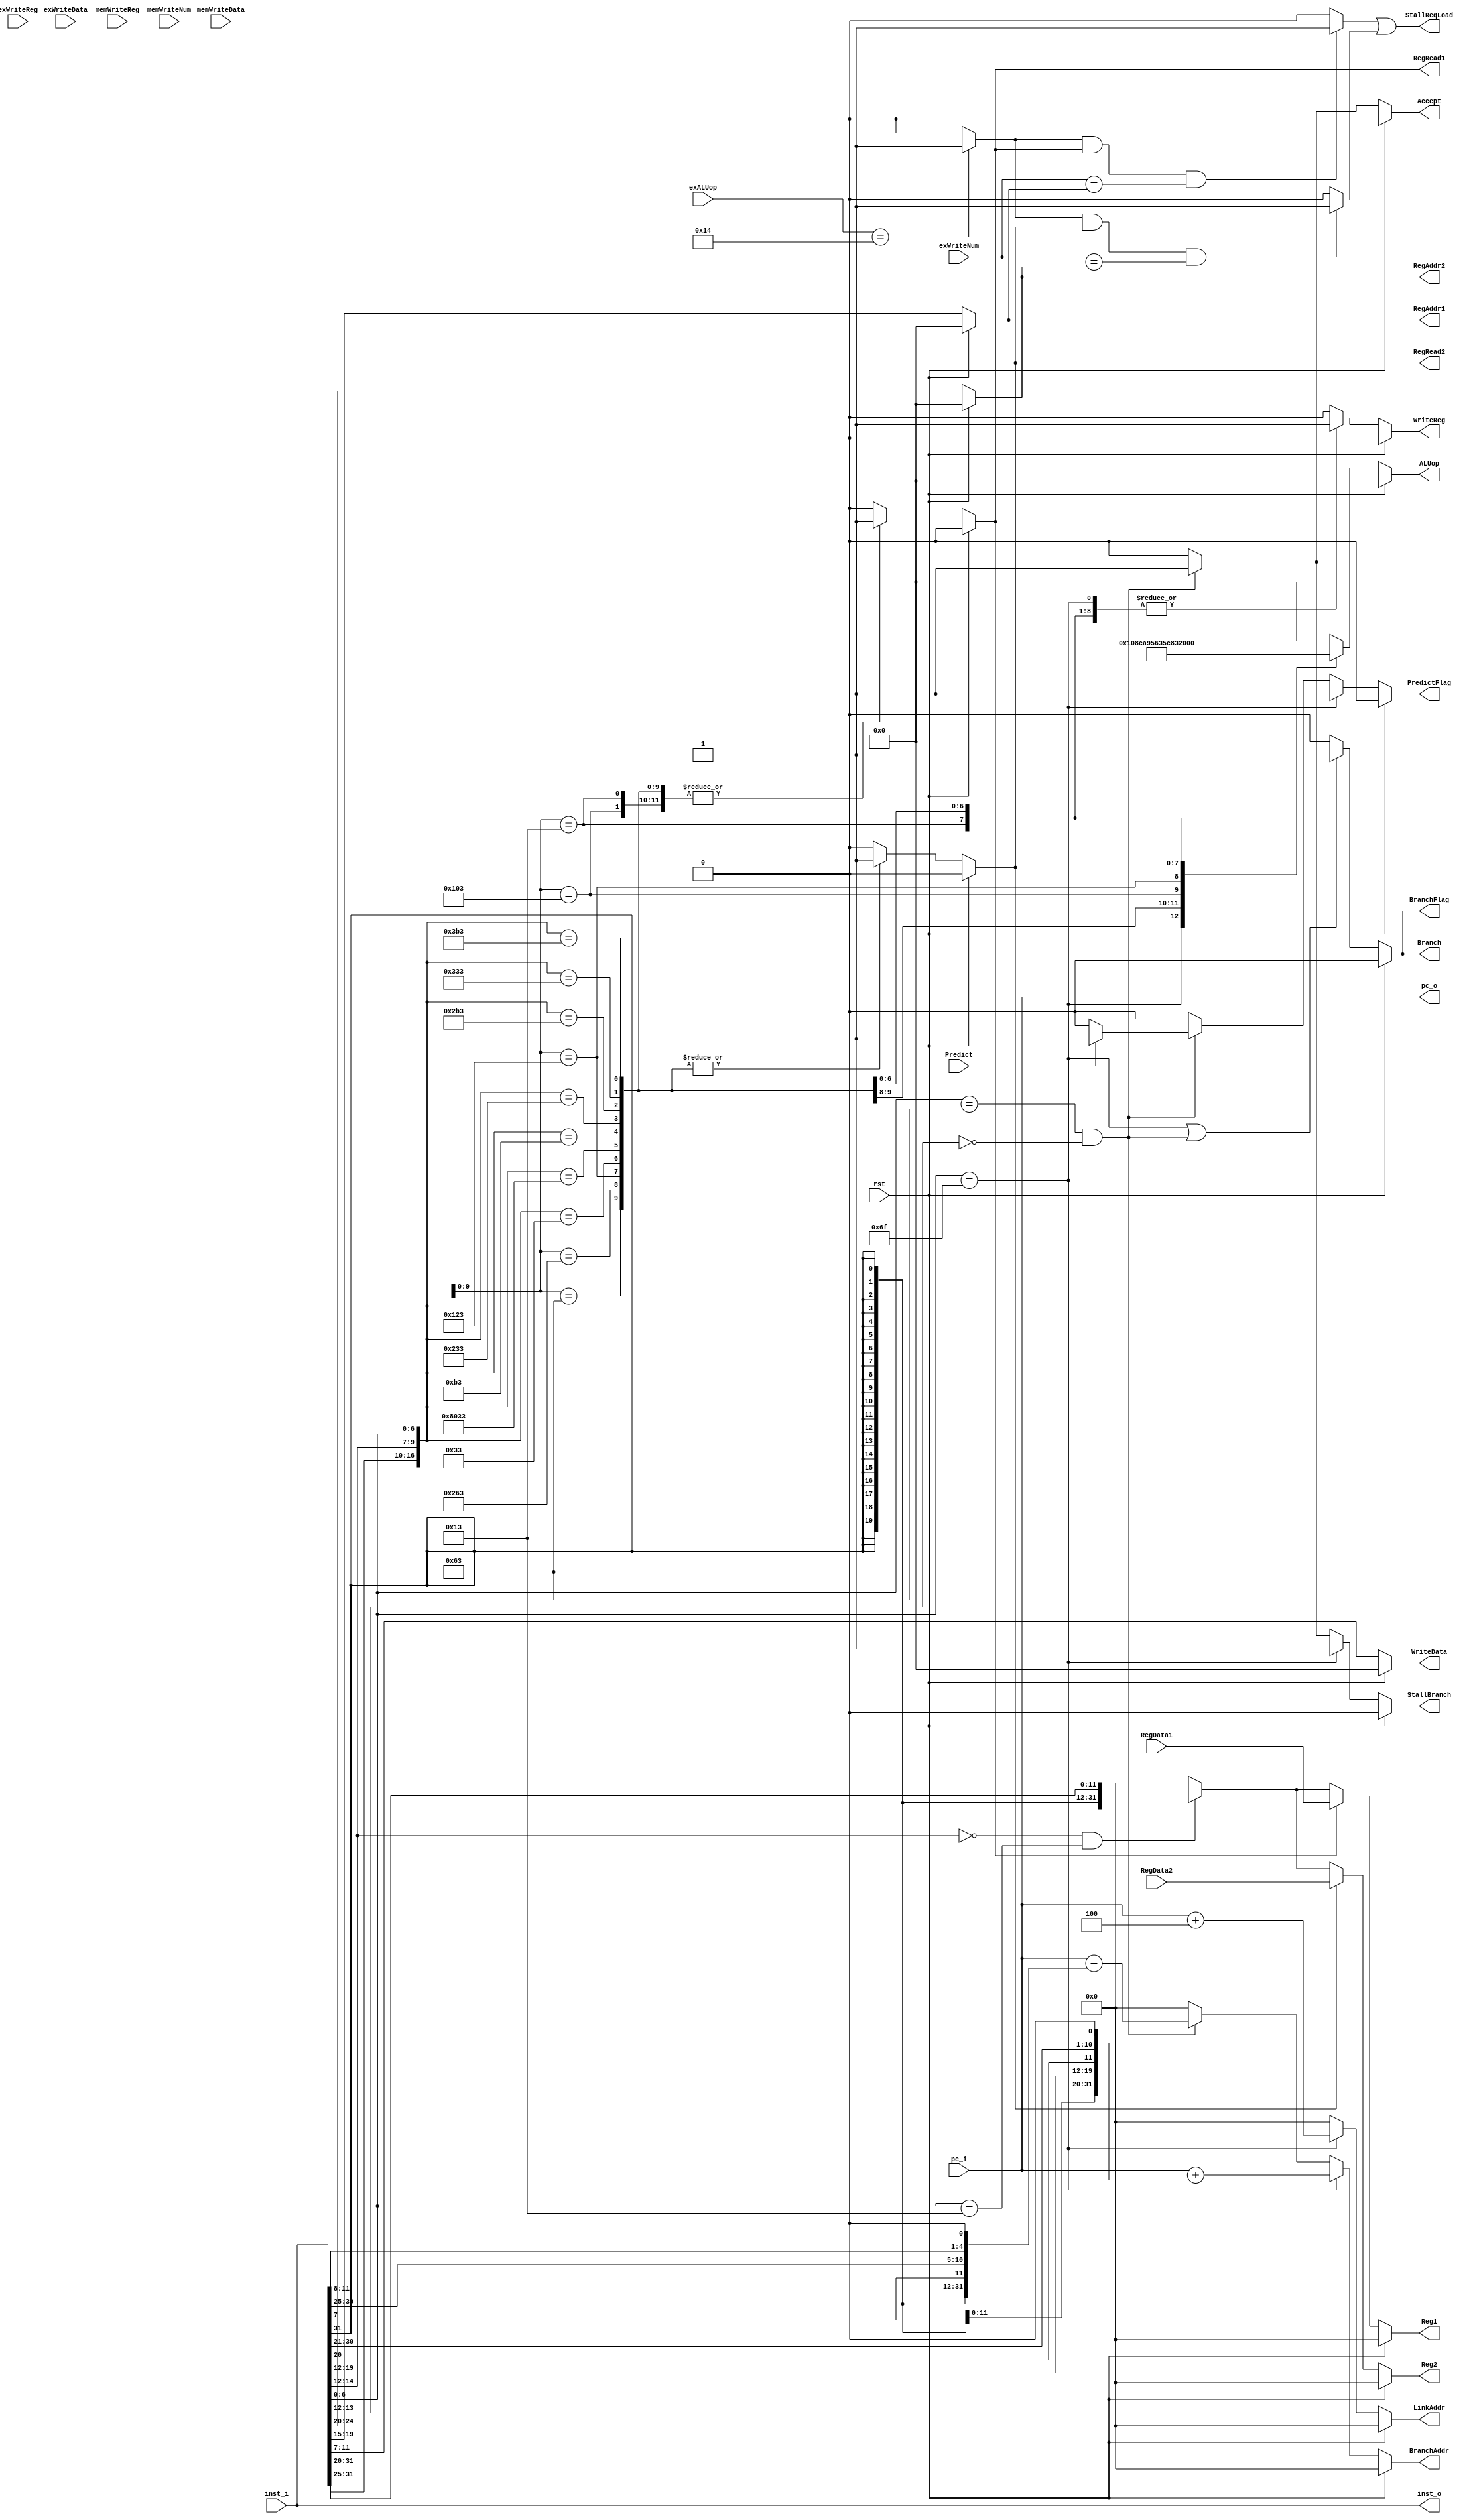
module ID(

    input   wire        rst,
    input   wire[31:0]  pc_i,
    input   wire[31:0]  inst_i,
    input   wire[31:0]  RegData1,
    input   wire[31:0]  RegData2,

    input   wire[4:0]	exALUop,
	input   wire		exWriteReg,
	input   wire[31:0]	exWriteData,
	input   wire[4:0]   exWriteNum,
	input   wire		memWriteReg,
	input   wire[31:0]	memWriteData,
	input   wire[4:0]   memWriteNum,
    input   wire 		Predict,
    
    output  reg         RegRead1,     // if read register or not
    output  reg         RegRead2,     // if read register or not
    output  reg [4:0]   RegAddr1,
    output  reg [4:0]   RegAddr2,

    output  reg [4:0]   ALUop,
    output  reg [31:0]  Reg1,
    output  reg [31:0]  Reg2,
    output  reg [4:0]   WriteData,
    output  reg         WriteReg,     // if write register or not

    output  reg         Branch,       // if branch or not
    output  reg [31:0]  BranchAddr,   // branch address
    output  reg [31:0]  LinkAddr,     // link address for jal
    output  wire[31:0]  inst_o,
	output  wire[31:0] 	pc_o,
    output  reg			BranchFlag,
	output  reg			Accept,
	output  reg			PredictFlag,
    output  reg         StallBranch,	
	output  wire        StallReqLoad

);

    reg inst_valid;
    reg [31:0] imm;

    wire[31:0] pc_add_4;
    wire[31:0] pc_add_imm_B;
    wire[31:0] pc_add_imm_J;
    wire[4:0]  rs1_addr = inst_i[19:15];
    wire[4:0]  rs2_addr = inst_i[24:20];
    wire[4:0]  rd_addr  = inst_i[11:7];


    wire[31:0] imm_I = {{21{inst_i[31:31]}}, inst_i[30:20]};
    wire[31:0] imm_S = {{21{inst_i[31:31]}}, inst_i[30:25], inst_i[11:7]};
    wire[31:0] imm_B = {{20{inst_i[31:31]}}, inst_i[ 7: 7], inst_i[30:25], inst_i[11:8], 1'b0};
    wire[31:0] imm_J = {{12{inst_i[31:31]}}, inst_i[19:12], inst_i[20:20], inst_i[30:25], inst_i[24:21], 1'b0};

    assign inst_o = inst_i;
    assign pc_o = pc_i;
    assign pc_add_4 = pc_i + 4;
    assign pc_add_imm_B = pc_i + imm_B;
    assign pc_add_imm_J = pc_i + imm_J;


    reg StallReq1;
	reg StallReq2;
	wire PreInstLoad;

	assign StallReqLoad = StallReq1 | StallReq2;
	assign PreInstLoad  = ( (exALUop == 5'b10100) ) ? 1'b1 : 1'b0;

//controls ALUop, it helps EX module excute the different instructions.
 
always @ (*) begin
    if (rst)
        ALUop <= 5'b0;
    else begin
        casex (inst_i)
            32'bxxxxxxxxxxxxxxxxxxxxxxxxx1101111: ALUop <= 5'b10000;  // jal
            32'bxxxxxxxxxxxxxxxxx000xxxxx1100011: ALUop <= 5'b10001;  // beq
            32'bxxxxxxxxxxxxxxxxx100xxxxx1100011: ALUop <= 5'b10010;  // blt
            32'bxxxxxxxxxxxxxxxxx010xxxxx0000011: ALUop <= 5'b10100;  // lw
            32'bxxxxxxxxxxxxxxxxx010xxxxx0100011: ALUop <= 5'b10101;  // sw
            32'bxxxxxxxxxxxxxxxxx000xxxxx0010011: ALUop <= 5'b01100;  // addi
            32'b0000000xxxxxxxxxx000xxxxx0110011: ALUop <= 5'b01101;  // add
            32'b0100000xxxxxxxxxx000xxxxx0110011: ALUop <= 5'b01110;  // sub
            32'b0000000xxxxxxxxxx001xxxxx0110011: ALUop <= 5'b01000;  // sll
            32'b0000000xxxxxxxxxx100xxxxx0110011: ALUop <= 5'b00110;  // xor
            32'b0000000xxxxxxxxxx101xxxxx0110011: ALUop <= 5'b01001;  // srl
            32'b0000000xxxxxxxxxx110xxxxx0110011: ALUop <= 5'b00101;  // or
            32'b0000000xxxxxxxxxx111xxxxx0110011: ALUop <= 5'b00100;  // and
            default: ALUop <= 5'b0;
        endcase
    end
end

//controls the signal WriteReg.
 
always @ (*) begin
    if (rst)
        WriteReg <= 1'b0;
    else begin
        casex (inst_i)
            32'bxxxxxxxxxxxxxxxxxxxxxxxxx1101111: WriteReg <= 1'b1;  // jal
            32'bxxxxxxxxxxxxxxxxx000xxxxx1100011: WriteReg <= 1'b0;  // beq
            32'bxxxxxxxxxxxxxxxxx100xxxxx1100011: WriteReg <= 1'b0;  // blt
            32'bxxxxxxxxxxxxxxxxx010xxxxx0000011: WriteReg <= 1'b1;  // lw
            32'bxxxxxxxxxxxxxxxxx010xxxxx0100011: WriteReg <= 1'b0;  // sw
            32'bxxxxxxxxxxxxxxxxx000xxxxx0010011: WriteReg <= 1'b1;  // addi
            32'b0000000xxxxxxxxxx000xxxxx0110011: WriteReg <= 1'b1;  // add
            32'b0100000xxxxxxxxxx000xxxxx0110011: WriteReg <= 1'b1;  // sub
            32'b0000000xxxxxxxxxx001xxxxx0110011: WriteReg <= 1'b1;  // sll
            32'b0000000xxxxxxxxxx100xxxxx0110011: WriteReg <= 1'b1;  // xor
            32'b0000000xxxxxxxxxx101xxxxx0110011: WriteReg <= 1'b1;  // srl
            32'b0000000xxxxxxxxxx110xxxxx0110011: WriteReg <= 1'b1;  // or
            32'b0000000xxxxxxxxxx111xxxxx0110011: WriteReg <= 1'b1;  // and
            default: WriteReg <= 1'b0;
        endcase
    end
end

//controls the signal inst_valid, it checks the instructions legal or not.
 
always @ (*) begin
    if (rst)
        inst_valid <= 1'b0;
    else begin
        casex (inst_i)
            32'bxxxxxxxxxxxxxxxxxxxxxxxxx1101111: inst_valid <= 1'b0;  // jal
            32'bxxxxxxxxxxxxxxxxx000xxxxx1100011: inst_valid <= 1'b0;  // beq
            32'bxxxxxxxxxxxxxxxxx100xxxxx1100011: inst_valid <= 1'b0;  // blt
            32'bxxxxxxxxxxxxxxxxx010xxxxx0000011: inst_valid <= 1'b0;  // lw
            32'bxxxxxxxxxxxxxxxxx010xxxxx0100011: inst_valid <= 1'b0;  // sw
            32'bxxxxxxxxxxxxxxxxx000xxxxx0010011: inst_valid <= 1'b0;  // addi
            32'b0000000xxxxxxxxxx000xxxxx0110011: inst_valid <= 1'b0;  // add
            32'b0100000xxxxxxxxxx000xxxxx0110011: inst_valid <= 1'b0;  // sub
            32'b0000000xxxxxxxxxx001xxxxx0110011: inst_valid <= 1'b0;  // sll
            32'b0000000xxxxxxxxxx100xxxxx0110011: inst_valid <= 1'b0;  // xor
            32'b0000000xxxxxxxxxx101xxxxx0110011: inst_valid <= 1'b0;  // srl
            32'b0000000xxxxxxxxxx110xxxxx0110011: inst_valid <= 1'b0;  // or
            32'b0000000xxxxxxxxxx111xxxxx0110011: inst_valid <= 1'b0;  // and
            default: inst_valid <= 1'b1;
        endcase
    end
end

//controls the signal RegRead1, it decides if this instruction needs rs1 or not.
 
always @ (*) begin
    if (rst)
        RegRead1 <= 1'b0;
    else begin
        casex (inst_i)
            32'bxxxxxxxxxxxxxxxxxxxxxxxxx1101111: RegRead1 <= 1'b0;  // jal
            32'bxxxxxxxxxxxxxxxxx000xxxxx1100011: RegRead1 <= 1'b1;  // beq
            32'bxxxxxxxxxxxxxxxxx100xxxxx1100011: RegRead1 <= 1'b1;  // blt
            32'bxxxxxxxxxxxxxxxxx010xxxxx0000011: RegRead1 <= 1'b1;  // lw
            32'bxxxxxxxxxxxxxxxxx010xxxxx0100011: RegRead1 <= 1'b1;  // sw
            32'bxxxxxxxxxxxxxxxxx000xxxxx0010011: RegRead1 <= 1'b1;  // addi
            32'b0000000xxxxxxxxxx000xxxxx0110011: RegRead1 <= 1'b1;  // add
            32'b0100000xxxxxxxxxx000xxxxx0110011: RegRead1 <= 1'b1;  // sub
            32'b0000000xxxxxxxxxx001xxxxx0110011: RegRead1 <= 1'b1;  // sll
            32'b0000000xxxxxxxxxx100xxxxx0110011: RegRead1 <= 1'b1;  // xor
            32'b0000000xxxxxxxxxx101xxxxx0110011: RegRead1 <= 1'b1;  // srl
            32'b0000000xxxxxxxxxx110xxxxx0110011: RegRead1 <= 1'b1;  // or
            32'b0000000xxxxxxxxxx111xxxxx0110011: RegRead1 <= 1'b1;  // and
            default: RegRead1 <= 1'b0;
        endcase
    end
end

//controls the signal RegRead2, it decides if this instruction needs rs2 or not.
 
always @ (*) begin
    if (rst)
        RegRead2 <= 1'b0;
    else begin
        casex (inst_i)
            32'bxxxxxxxxxxxxxxxxxxxxxxxxx1101111: RegRead2 <= 1'b0;  // jal
            32'bxxxxxxxxxxxxxxxxx000xxxxx1100011: RegRead2 <= 1'b1;  // beq
            32'bxxxxxxxxxxxxxxxxx100xxxxx1100011: RegRead2 <= 1'b1;  // blt
            32'bxxxxxxxxxxxxxxxxx010xxxxx0000011: RegRead2 <= 1'b0;  // lw
            32'bxxxxxxxxxxxxxxxxx010xxxxx0100011: RegRead2 <= 1'b1;  // sw
            32'bxxxxxxxxxxxxxxxxx000xxxxx0010011: RegRead2 <= 1'b0;  // addi
            32'b0000000xxxxxxxxxx000xxxxx0110011: RegRead2 <= 1'b1;  // add
            32'b0100000xxxxxxxxxx000xxxxx0110011: RegRead2 <= 1'b1;  // sub
            32'b0000000xxxxxxxxxx001xxxxx0110011: RegRead2 <= 1'b1;  // sll
            32'b0000000xxxxxxxxxx100xxxxx0110011: RegRead2 <= 1'b1;  // xor
            32'b0000000xxxxxxxxxx101xxxxx0110011: RegRead2 <= 1'b1;  // srl
            32'b0000000xxxxxxxxxx110xxxxx0110011: RegRead2 <= 1'b1;  // or
            32'b0000000xxxxxxxxxx111xxxxx0110011: RegRead2 <= 1'b1;  // and
            default: RegRead2 <= 1'b0;
        endcase
    end
end

//controls the signal imm, it gets the right format immediate number for I-type instuctions.

always @ (*) begin
    if (rst)
        imm <= 32'b0;
    else if (inst_i[14:12] == 3'b000 && inst_i[6:0] == 7'b0010011)  // addi
        imm <= imm_I;
    else
        imm <= 32'b0;
end

//controls the signal LinkAddr, it gets the right address.

always @ (*) begin
    if (rst)
        LinkAddr <= 32'b0;
    else if (inst_i[6:0] == 7'b1101111)  // jal
        LinkAddr <= pc_add_4;
    else
        LinkAddr <= 32'b0;
end


//controls the signal BranchAddr, it gets the right address.
 
always @ (*) begin
    if (rst)
        BranchAddr <= 32'b0;
    else if (inst_i[6:0] == 7'b1101111)  // jal
        BranchAddr <= pc_add_imm_J;
    else if (inst_i[6:0] == 7'b1100011 && inst_i[13:12] == 2'b0)  // beq, blt
        BranchAddr <= pc_add_imm_B;
    else
        BranchAddr <= 32'b0;
end


//controls the signal Branch, it decides if this instruction needs branch of not.
 
always @ (*) begin
    if (rst)
        Branch <= 1'b0;
    else if (inst_i[6:0] == 7'b1101111 || (inst_i[6:0] == 7'b1100011 && inst_i[13:12] == 2'b0))  // jal, beq, blt
        Branch <= 1'b1;
    else
        Branch <= 1'b0;
end


//controls the signal WriteData, it decides if this instruction needs to write data of not.
 
always @ (*) begin
    if (rst)
        WriteData <= 5'b0;
    else
        WriteData <= rd_addr;
end


//controls the signal ReadAddr1, it gets the right rs1 number.
 
always @ (*) begin
    if (rst)
        RegAddr1 <= 5'b0;
    else
        RegAddr1 <= rs1_addr;
end


//controls the signal ReadAddr2, it gets the right rs2 number.
 
always @ (*) begin
    if (rst)
        RegAddr2 <= 5'b0;
    else
        RegAddr2 <= rs2_addr;
end


//controls the signal Reg1, it gets the right rs1 data.
 
always @ (*) begin
    if (rst)
        Reg1 <= 32'b0;
    else if (RegRead1)
        Reg1 <= RegData1;
    else if (!RegRead1)
        Reg1 <= imm;
    else
        Reg1 <= 32'b0;
end


//controls the signal Reg2, it gets the right rs2 data.
 
always @ (*) begin
    if (rst)
        Reg2 <=  32'b0;
    else if (RegRead2)
        Reg2 <= RegData2;
    else if (!RegRead2)
        Reg2 <= imm;
    else
        Reg2 <= 32'b0;
end


//controls the signal BranchFlag.
 
always @ (*) begin
    if (rst)
        BranchFlag <= 1'b0;
    else if (inst_i[6:0] == 7'b1101111 || (inst_i[6:0] == 7'b1100011 && inst_i[13:12] == 2'b00))  // jal, beq, blt
        BranchFlag <= 1'b1;
    else
        BranchFlag <= 1'b0;
end


//controls the signal Accept.
 
always @ (*) begin
    if (rst)
        Accept <= 1'b0;
    else if ((inst_i[6:0] == 7'b1100011 && inst_i[13:12] == 2'b00))  // beq, blt
        Accept <= 1'b1;
    else
        Accept <= 1'b0;
end


//controls the signal PredictFlag.
 
always @ (*) begin
    if (rst)
        PredictFlag <= 1'b0;
    else if (inst_i[6:0] == 7'b1101111)  // jal
        PredictFlag <= 1'b1;
    else if ((inst_i[6:0] == 7'b1100011 && inst_i[13:12] == 2'b00))  // beq, blt
        PredictFlag <= Predict ? 1'b1 : 1'b0;
    else
        PredictFlag <= 1'b0;
end


//controls the signal StallBranch.
 
always @ (*) begin
    if (rst)
        StallBranch <= 1'b0;
    else if (inst_i[6:0] == 7'b1101111)  // jal
        StallBranch = 1'b1;
    else if ((inst_i[6:0] == 7'b1100011 && inst_i[13:12] == 2'b00))  // beq, blt
        StallBranch <= 1'b1;
    else
        StallBranch <= 1'b0;
end


//controls the signal StallReq1.

always @ (*) begin
    if(PreInstLoad && RegRead1 && exWriteNum == RegAddr1)
	    StallReq1 <= 1'b1;
    else
        StallReq1 <= 1'b0;
end


//controls the signal StallReq2.
 
always @ (*) begin
    if(PreInstLoad && RegRead2 && exWriteNum == RegAddr2)
	    StallReq2 <= 1'b1;
    else
        StallReq2 <= 1'b0;
end	

endmodule